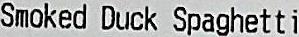
SMOKED DUCK SPAGHETTI